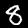
Digit: 8